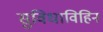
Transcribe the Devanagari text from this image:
सुविधाविहिन